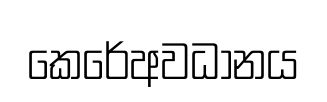
කෙරේඅවධානය